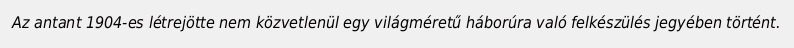
Az antant 1904-es létrejötte nem közvetlenül egy világméretű háborúra való felkészülés jegyében történt.